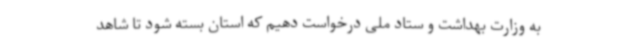
به وزارت بهداشت و ستاد ملی درخواست دهیم که استان بسته شود تا شاهد